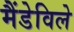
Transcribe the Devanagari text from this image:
मैंडेविले